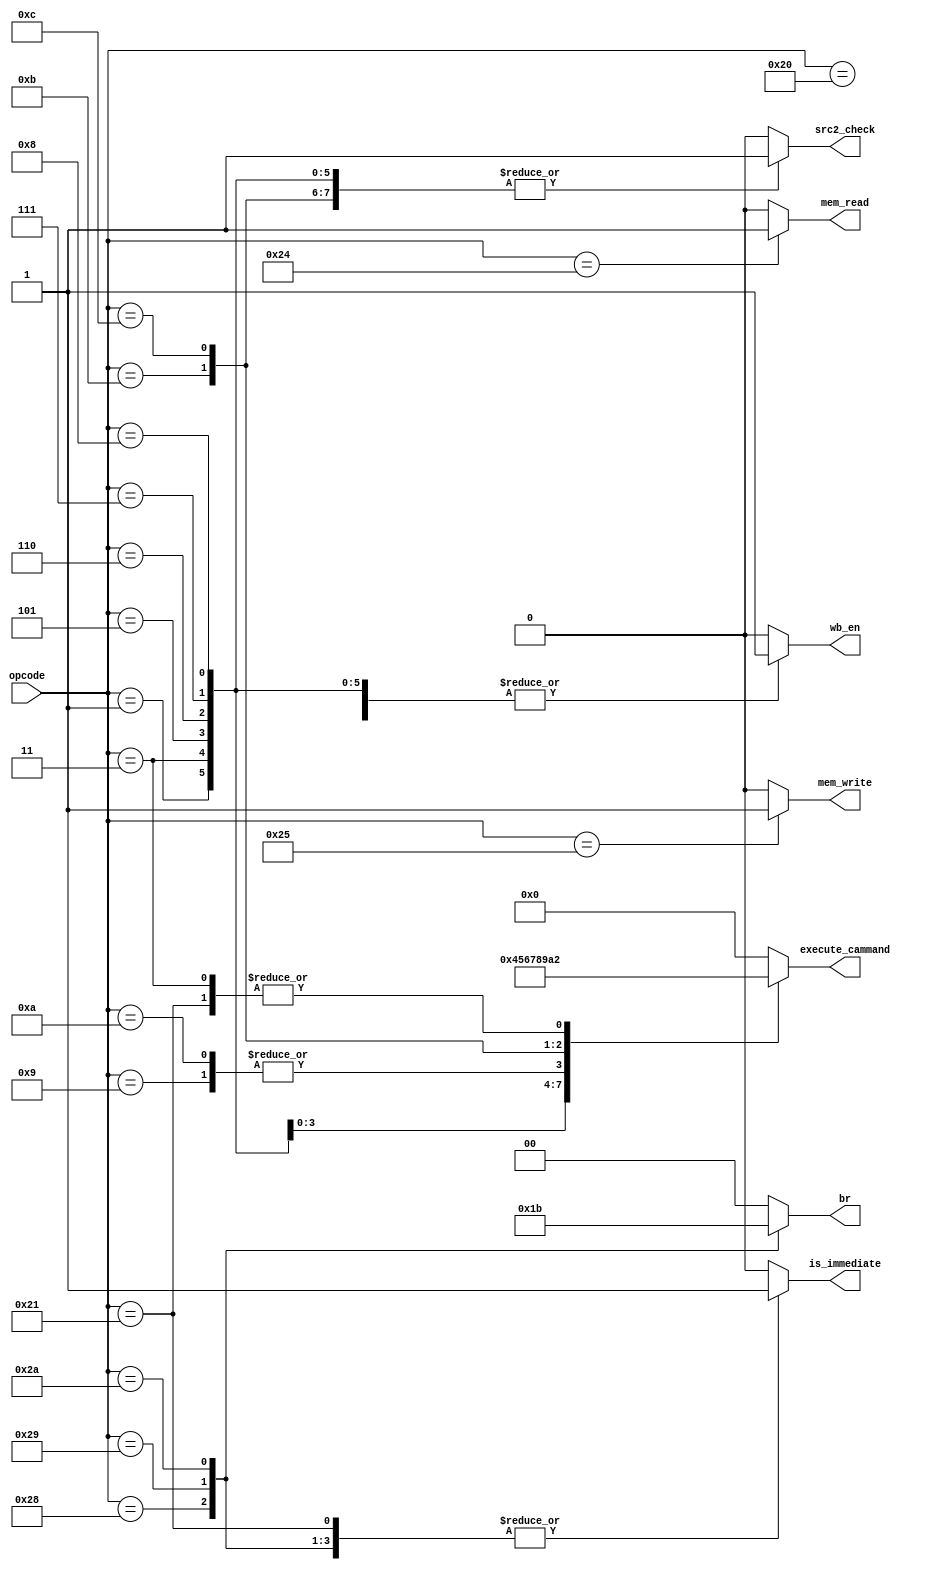
module ControlUnit(
	input [5:0] opcode,
	output reg mem_read,
	output reg mem_write,
	output reg wb_en,
	output reg is_immediate,
	output reg [1:0] br, 
	output reg [3:0] execute_cammand,
	output reg src2_check
);
	 
	always @(opcode) begin
		mem_read <= 1'b0;
		mem_write <= 1'b0;
		wb_en <= 1'b0;
		is_immediate <= 1'b0;
		br <= 2'b0;
		execute_cammand <= 4'b0;
		src2_check <= 1'b0;
		case(opcode) 
			6'b000001 : begin //ADD
				wb_en <= 1'b1;
				execute_cammand <= 4'b0000;
				src2_check <= 1'b1;
			end
			6'b000011 : begin //SUB
				wb_en <= 1'b1;
				execute_cammand <= 4'b0010;
				src2_check <= 1'b1;
			end
			6'b000101 : begin //AND
				wb_en <= 1'b1;
				execute_cammand <= 4'b0100;
				src2_check <= 1'b1;
			end
			6'b000110 : begin //OR
				wb_en <= 1'b1;
				execute_cammand <= 4'b0101;
				src2_check <= 1'b1;
			end
			6'b000111 : begin //NOR
				wb_en <= 1'b1;
				execute_cammand <= 4'b0110;
				src2_check <= 1'b1;
			end
			6'b001000 : begin //XOR
				wb_en <= 1'b1;
				execute_cammand <= 4'b0111;
				src2_check <= 1'b1;
			end
			6'b001001 : begin //SLA
				wb_en <= 1'b1;
				execute_cammand <= 4'b1000;
				src2_check <= 1'b1;
			end
			6'b001010 : begin //SLL
				wb_en <= 1'b1;
				execute_cammand <= 4'b1000;
				src2_check <= 1'b1;
			end
			6'b001011 : begin //SRA
				wb_en <= 1'b1;
				execute_cammand <= 4'b1001;
				src2_check <= 1'b1;
			end
			6'b001100 : begin//SRL
				wb_en <= 1'b1;
				execute_cammand <= 4'b1010;
				src2_check <= 1'b1;
			end
			6'b100000 : begin //ADDI
				is_immediate <= 1'b1;
				wb_en <= 1'b1;
				execute_cammand <= 4'b0000;
			end
			6'b100001 : begin //SUBI
				is_immediate <= 1'b1;
				wb_en <= 1'b1;
				execute_cammand <= 4'b0010;
			end
			6'b100100 : begin //LD
				mem_read <= 1'b1;
				is_immediate <= 1'b1;
				wb_en <= 1'b1;
				execute_cammand <= 4'b0000;
			end
			6'b100101 : begin //ST
				mem_write <= 1'b1;
				is_immediate <= 1'b1;
				execute_cammand <= 4'b0000;
				src2_check <= 1'b1;
			end
			6'b101000 : begin //BEZ
				is_immediate <= 1'b1;
				br <= 2'b01;
			end
			6'b101001 : begin //BNE
				is_immediate <= 1'b1;
				br <= 2'b10;
				src2_check <= 1'b1;
			end
			6'b101010 : begin //JMP
				is_immediate <= 1'b1;
				br <= 2'b11;
			end

		endcase
	end
	

endmodule